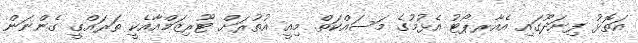
އަތޮޅު ފިނަދޫގައި އެއާރޕޯޓު އެޅުމުގެ މަސައްކަތް. މިއީ އުތުރަށް ޓޫރިޒަމްއާއެކީ ތަރައްގީ ގެންނަން